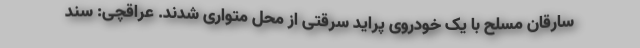
سارقان مسلح با یک خودروی پراید سرقتی از محل متواری شدند. عراقچی: سند